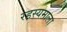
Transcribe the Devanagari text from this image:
रहस्यमाला